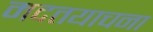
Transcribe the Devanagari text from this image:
मदतयाचना